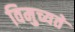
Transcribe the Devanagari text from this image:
विमुच्यते